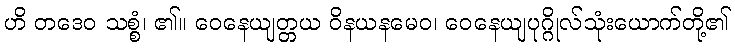
ဟိ တဒေဝ သစ္စံ၊ ၏။ ဝေနေယျတ္တယ ဝိနယနမေဝ၊ ဝေနေယျပုဂ္ဂိုလ်သုံးယောက်တို့၏